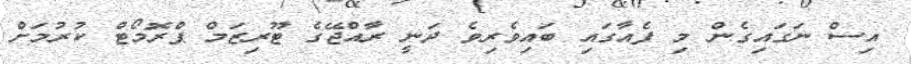
އިސް ނަގައިގެން މި ފެއާގައި ބައިވެރިވެ ދަނީ ރާއްޖޭގެ ޓޫރިޒަމް ޕްރޮމޯޓް ކުރުމަށް